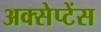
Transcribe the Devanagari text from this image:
अक्सेप्टेंस